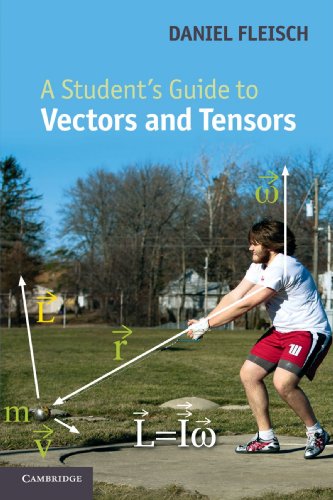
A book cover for A Student's Guide to Vectors and Tensors; Daniel A. Fleisch; Science & Math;